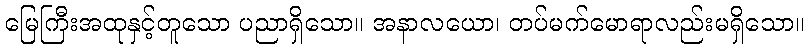
မြေကြီးအထုနှင့်တူသော ပညာရှိသော။ အနာလယော၊ တပ်မက်မောရာလည်းမရှိသော။